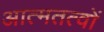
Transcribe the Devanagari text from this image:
आत्मतत्वों